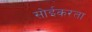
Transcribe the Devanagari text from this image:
सोईकरता